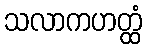
သလာကဟတ္ထံ